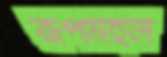
রূপমহল